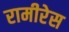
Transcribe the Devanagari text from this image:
रामीरेस